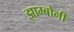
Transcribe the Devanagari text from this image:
झाम्बोनी